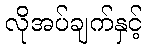
လိုအပ်ချက်နှင့်